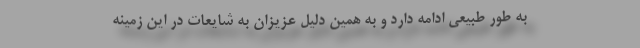
به طور طبیعی ادامه دارد و به همین دلیل عزیزان به شایعات در این زمینه